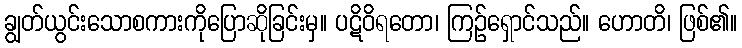
ချွတ်ယွင်းသောစကားကိုပြောဆိုခြင်းမှ။ ပဋိဝိရတော၊ ကြဉ်ရှောင်သည်။ ဟောတိ၊ ဖြစ်၏။